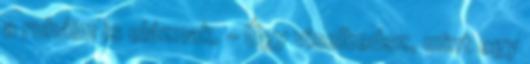
a ruháim is eláznak. - Úgy viselkedsz, mint egy